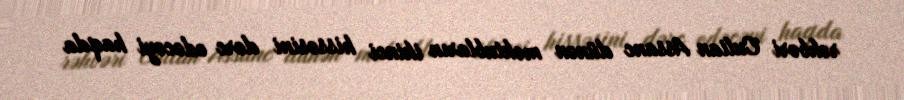
rəhbəri Culian Assanc dünən məktubların ikinci hissəsini dərc edəcəyi haqda